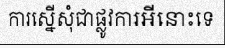
ការស្នើសុំជាផ្លូវការអីនោះទេ